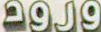
ورود